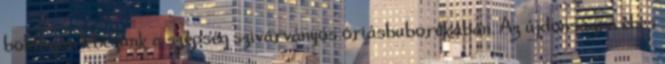
boldogan lebegünk a szépség szivárványos óriásbuborékában. Az újdonságra éhes